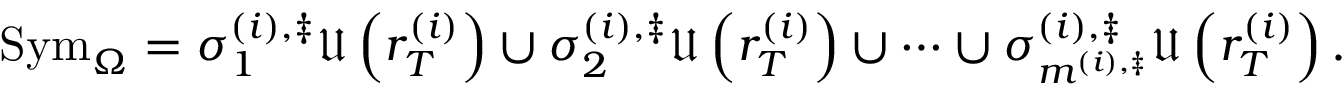
\mathrm { S y m } _ { \Omega } = \sigma _ { 1 } ^ { \left( i \right) , \ddag } \mathfrak { U } \left( r _ { T } ^ { \left( i \right) } \right) \cup \sigma _ { 2 } ^ { \left( i \right) , \ddag } \mathfrak { U } \left( r _ { T } ^ { \left( i \right) } \right) \cup \cdots \cup \sigma _ { m ^ { \left( i \right) , \ddag } } ^ { \left( i \right) , \ddag } \mathfrak { U } \left( r _ { T } ^ { \left( i \right) } \right) .